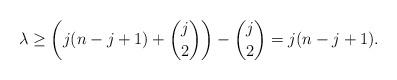
LaTeX: \begin{align*}\lambda \geq \left( j(n-j+1) + \binom{j}{2} \right) - \binom{j}{2} = j(n-j+1).\end{align*}